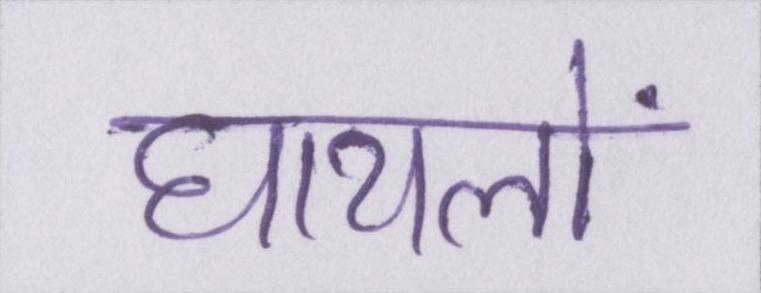
घायलों